Report of the Indian Hemp Drugs Commission, 1894-1895 - Volume III
Year: 1894
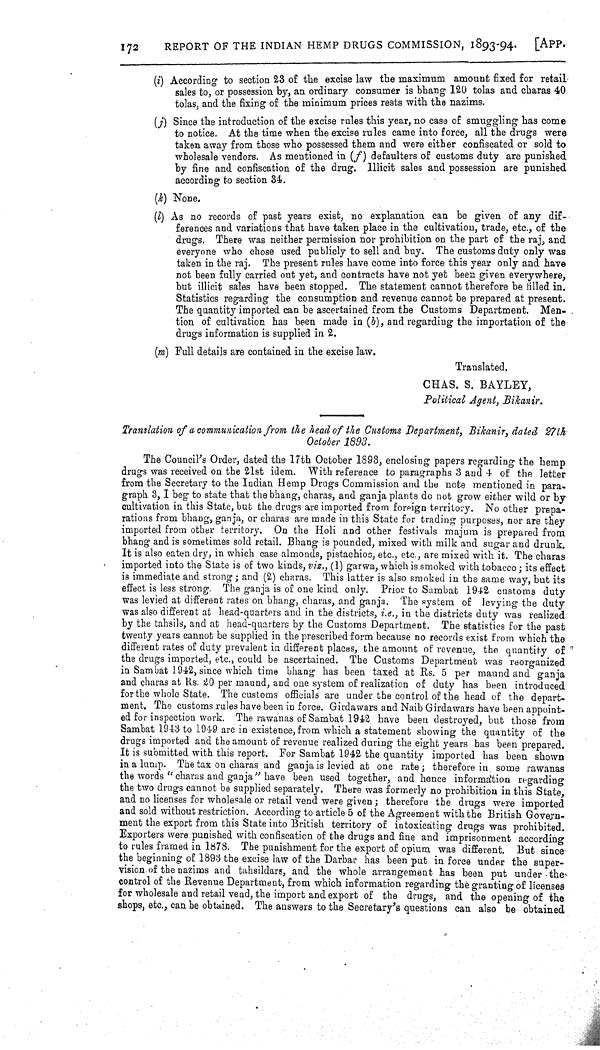
172
REPORT OF THE INDIAN HEMP DRUGS COMMISSION, 1893-94.
[APP.
(i) According to section 23 of the excise law the maximum amount fixed for retail
sales to, or possession by, an ordinary consumer is bhang 120 tolas and charas 40
tolas, and the fixing of the minimum prices rests with the nazims.
(j) Since the introduction of the excise rules this year, no case of smuggling has come
to notice. At the time when the excise rules came into force, all the drugs were
taken away from those who possessed them and were either confiscated or sold to
wholesale vendors. As mentioned in (f) defaulters of customs duty are punished
by fine and confiscation of the drug. Illicit sales and possession are punished
according to section 34.
(k) None.
(l) As no records of past years exist, no explanation can be given of any dif-
ferences and variations that have taken place in the cultivation, trade, etc., of the
drugs. There was neither permission nor prohibition on the part of the raj, and
everyone who chose used publicly to sell and buy. The customs duty only was
taken in the raj. The present rules have come into force this year only and have
not been fully carried out yet, and contracts have not yet been given everywhere,
but illicit sales have been stopped. The statement cannot therefore be filled in.
Statistics regarding the consumption and revenue cannot be prepared at present.
The quantity imported can be ascertained from the Customs Department. Men-
tion of cultivation has been made in (b), and regarding the importation of the
drugs information is supplied in 2.
(m) Full details are contained in the excise law.
Translated.
CHAS. S. BAYLEY,
Political Agent, Bikanir.
Translation of a communication from the head of the Customs Department, Bikanir, dated 27th
October 1893.
The Council's Order, dated the 17th October 1893, enclosing papers regarding the hemp
drugs was received on the 21st idem. With reference to paragraphs 3 and 4 of the letter
from the Secretary to the Indian Hemp Drugs Commission and the note mentioned in para-
graph 3,I beg to state that the bhang, charas, and ganja plants do not grow either wild or by
cultivation in this State, but the drugs are imported from foreign territory. No other prepa-
rations from bhang, ganja, or charas are made in this State for trading purposes, nor are they
imported from other territory. On the Holi and other festivals majum is prepared from
bhang and is sometimes sold retail. Bhang is pounded, mixed with milk and sugar and drunk.
It is also eaten dry, in which case almonds, pistachios, etc., etc., are mixed with it. The charas
imported into the State is of two kinds, viz., (1) garwa, which is smoked with tobacco; its effect
is immediate and strong; and (2) charas. This latter is also smoked in the same way, but its
effect is less strong. The ganja is of one kind only. Prior to Sambat 1942 customs duty
was levied at different rates on bhang, charas, and ganja. The system of levying the duty
was also different at head-quarters and in the districts, i.e., in the districts duty was realized
by the tahsils, and at head-quarters by the Customs Department. The statistics for the past
twenty years cannot be supplied in the prescribed form because no records exist from which the
different rates of duty prevalent in different places, the amount of revenue, the quantity of
the drugs imported, etc., could be ascertained. The Customs Department was reorganized
in Sambat 1942, since which time bhang has been taxed at Rs. 5 per maundand ganja
and charas at Rs. 20 per maund, and one system of realization of duty has been introduced
for the whole State. The customs officials are under the control of the head of the depart-
ment. The customs rules have been in force. Girdawars and Naib Girdawars have been appoint-
ed for inspection work. The rawanas of Sambat 1942 have been destroyed, but those from
Sambat 1943 to 1949 are in existence, from which a statement showing the quantity of the
drugs imported and the amount of revenue realized during the eight years has been prepared.
It is submitted with this report. For Sambat 1942 the quantity imported has been shown
in a lump. The tax on charas and ganja is levied at one rate; therefore in. some rawanas
the words "charas and ganja" have been used together, and hence information regarding
the two drugs cannot be supplied separately. There was formerly no prohibition in this State,
and no licenses for wholesale or retail vend were given; therefore the drugs were imported
and sold without restriction. According to article 5 of the Agreement with the British Govern-
ment the export from this State into British territory of intoxicating drugs was prohibited.
Exporters were punished with confiscation of the drugs and fine and imprisonment according
to rules framed in 1878. The punishment for the export of opium was different. But since-
the beginning of 1893 the excise law of the Darbar has been put in force under the super-
vision of the nazims and tahsildars, and the whole arrangement has been put under the
control of the Revenue Department, from which information regarding the granting of licenses
for wholesale and retail vend, the import and export of the drugs, and the opening of the
shops, etc., can be obtained. The answers to the Secretary's questions can also be obtained